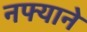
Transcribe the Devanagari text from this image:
नफ्याने